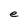
Character: e